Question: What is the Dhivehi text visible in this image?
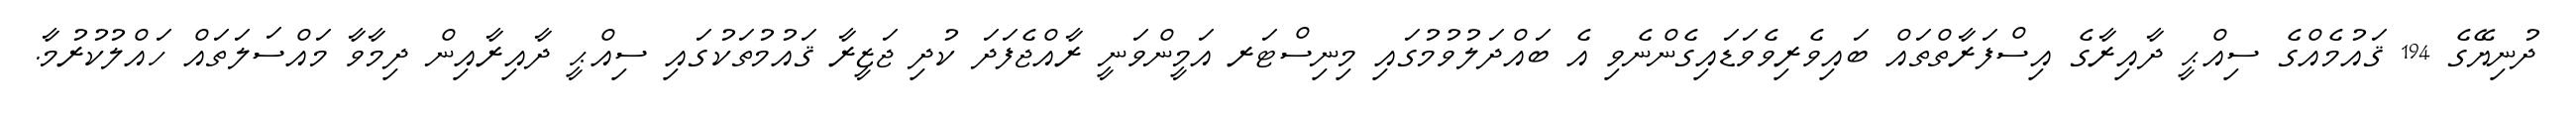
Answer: ދުނިޔޭގެ 194 ޤައުމެއްގެ ސިއްޙީ ދާއިރާގެ އިސްފަރާތްތައް ބައިވެރިވެވަޑައިގެންނެވި އެ ބައްދަލުވުމުގައި މިނިސްޓަރ އަމީންވަނީ ރާއްޖެފަދަ ކުދި ޖަޒީރާ ޤައުމުތަކުގައި ސިއްޙީ ދާއިރާއިން ދިމާވާ މައްސަލަތައް ހައްލުކުރުމާ.